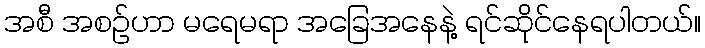
အစီ အစဉ်ဟာ မရေမရာ အခြေအနေနဲ့ ရင်ဆိုင်နေရပါတယ်။